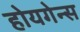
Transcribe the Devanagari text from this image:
होयगेन्स